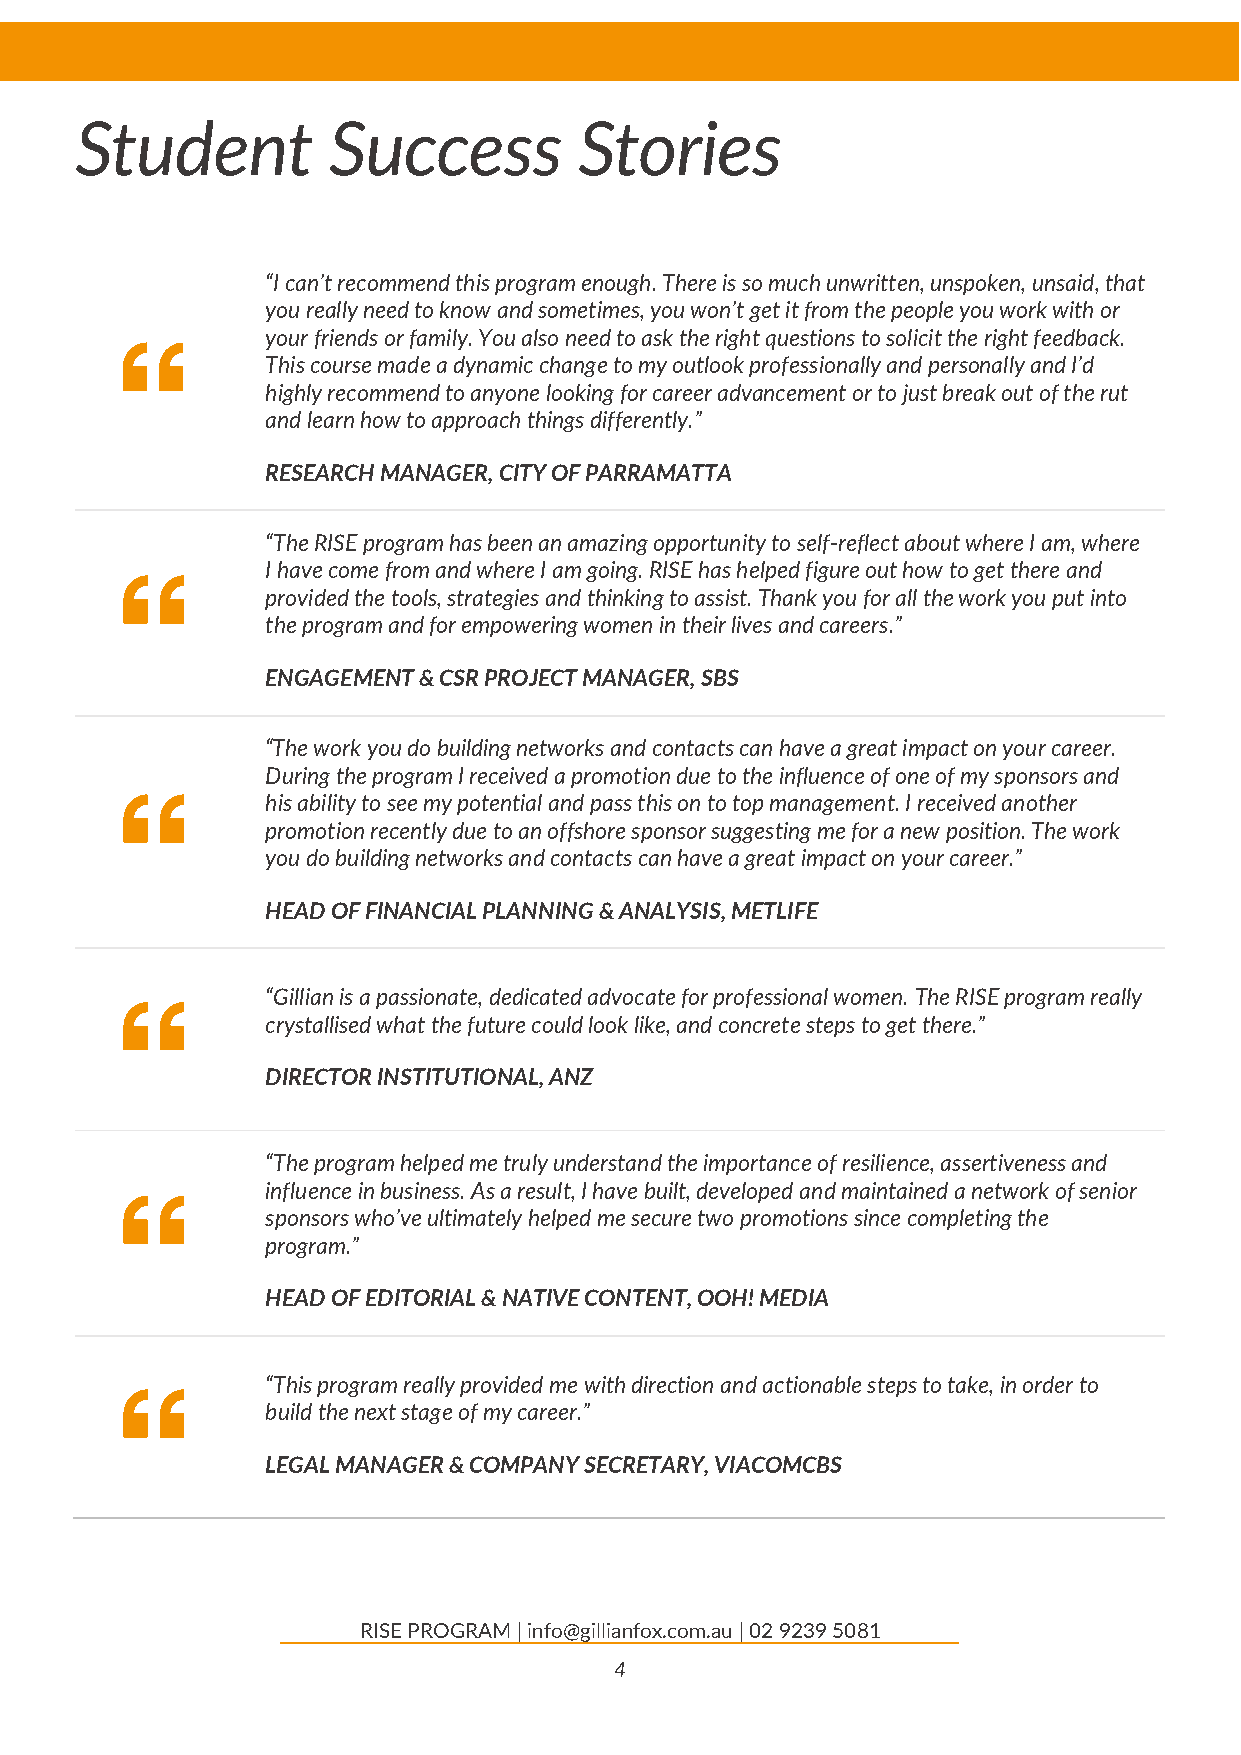
Student          Success         Stories
 “I can’t recommend this program enough. There is so much unwritten, unspoken, unsaid, that
 you really need to know and sometimes, you won’t get it from the people you work with or
 your friends or family. You also need to ask the right questions to solicit the right feedback.
 This course made a dynamic change to my outlook professionally and personally and I’d
 highly recommend to anyone looking for career advancement or to just break out of the rut
 and learn how to approach things differently.”
 RESEARCH MANAGER, CITY OF PARRAMATTA
 “The RISE program has been an amazing opportunity to self-reflect about where I am, where
 I have come from and where I am going. RISE has helped figure out how to get there and
 provided the tools, strategies and thinking to assist. Thank you for all the work you put into
 the program and for empowering women in their lives and careers.”
 ENGAGEMENT & CSR PROJECT MANAGER, SBS
 “The work you do building networks and contacts can have a great impact on your career.
 During the program I received a promotion due to the influence of one of my sponsors and
 his ability to see my potential and pass this on to top management. I received another
 promotion recently due to an offshore sponsor suggesting me for a new position. The work
 you do building networks and contacts can have a great impact on your career.”
 HEAD OF FINANCIAL PLANNING & ANALYSIS, METLIFE
 “Gillian is a passionate, dedicated advocate for professional women. The RISE program really
 crystallised what the future could look like, and concrete steps to get there.”
 DIRECTOR INSTITUTIONAL, ANZ
 “The program helped me truly understand the importance of resilience, assertiveness and
 influence in business. As a result, I have built, developed and maintained a network of senior
 sponsors who’ve ultimately helped me secure two promotions since completing the
 program.”
 HEAD OF EDITORIAL & NATIVE CONTENT, OOH! MEDIA
 “This program really provided me with direction and actionable steps to take, in order to
 build the next stage of my career.”
 LEGAL MANAGER & COMPANY SECRETARY, VIACOMCBS
 RISE PROGRAM | info@gillianfox.com.au | 02 9239 5081
 4